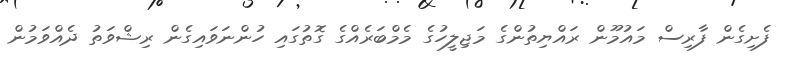
ފެށިގެން ފާރިސް މައުމޫން ރައްޔިތުންގެ މަޖިލީހުގެ މެމްބަރެއްގެ ގޮތުގައި ހުންނަވައިގެން ރިޝްވަތު ދެއްވަމުން